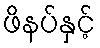
ဖိနပ်နှင့်